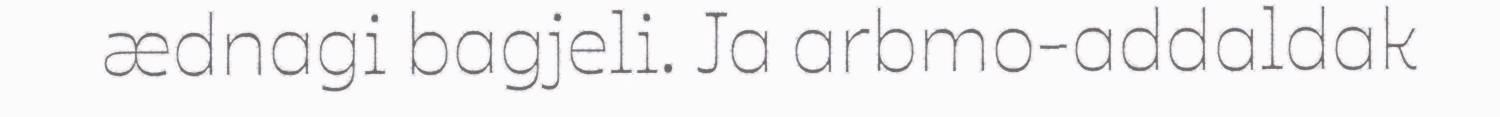
ædnagi bagjeli. Ja arbmo-addaldak